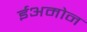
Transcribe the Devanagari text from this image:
ईअमोन